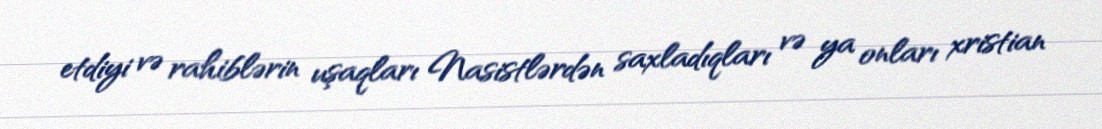
etdiyi və rahiblərin uşaqları Nasistlərdən saxladıqları və ya onları xristian